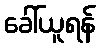
ခေါ်ယူရန်